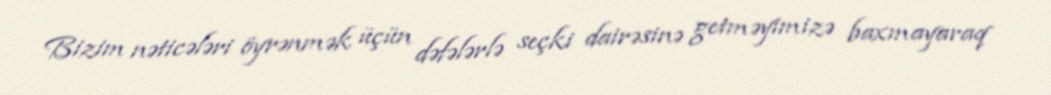
Bizim nəticələri öyrənmək üçün dəfələrlə seçki dairəsinə getməyimizə baxmayaraq